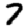
Digit: 7